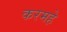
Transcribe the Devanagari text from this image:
करमहे